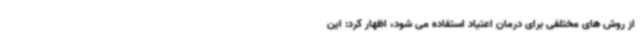
از روش های مختلفی برای درمان اعتیاد استفاده می شود، اظهار کرد: این